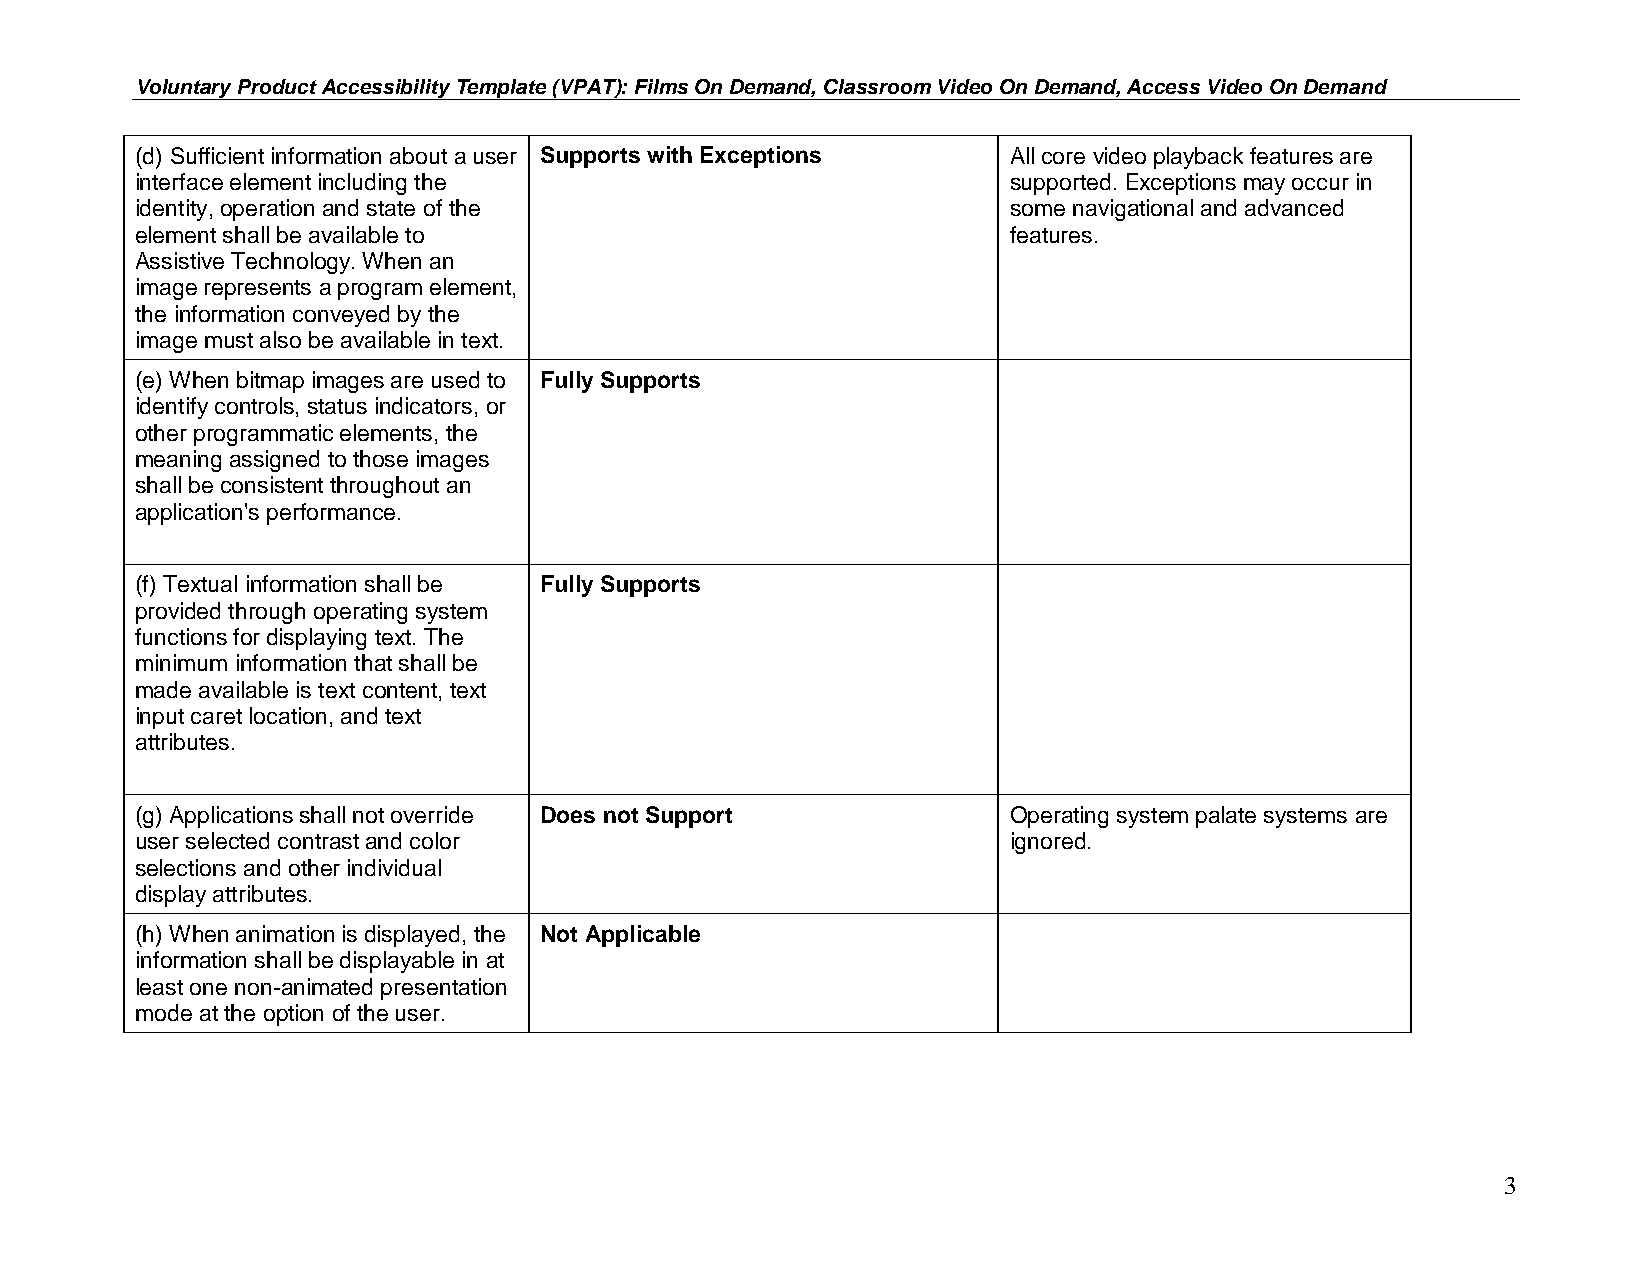
Voluntary Product Accessibility Template (VPAT): Films On Demand, Classroom Video On Demand, Access Video On Demand
 (d) Sufficient information about a user Supports with Exceptions All core video playback features are
 interface element including the                           supported. Exceptions may occur in
 identity, operation and state of the                      some navigational and advanced
 element shall be available to                             features.
 Assistive Technology. When an
 image represents a program element,
 the information conveyed by the
 image must also be available in text.
 (e) When bitmap images are used to Fully Supports
 identify controls, status indicators, or
 other programmatic elements, the
 meaning assigned to those images
 shall be consistent throughout an
 application's performance.
 (f) Textual information shall be Fully Supports
 provided through operating system
 functions for displaying text. The
 minimum information that shall be
 made available is text content, text
 input caret location, and text
 attributes.
 (g) Applications shall not override Does not Support      Operating system palate systems are
 user selected contrast and color                          ignored.
 selections and other individual
 display attributes.
 (h) When animation is displayed, the Not Applicable
 information shall be displayable in at
 least one non-animated presentation
 mode at the option of the user.
 3